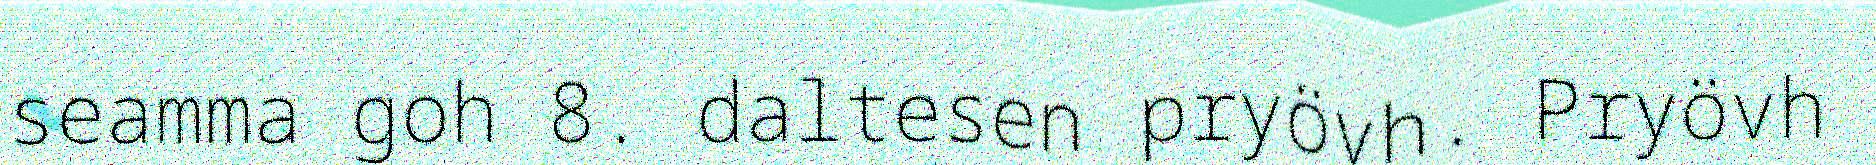
seamma goh 8. daltesen pryövh. Pryövh